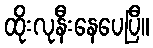
ထိုးလုနီးနေပေပြီ။